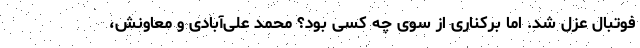
فوتبال عزل شد. اما برکناری از سوی چه کسی بود؟ محمد علی‌آبادی و معاونش،